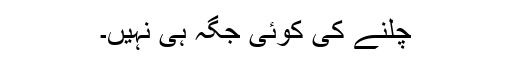
چلنے کی کوئی جگہ ہی نہیں۔